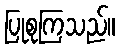
ပြုစုကြသည်။